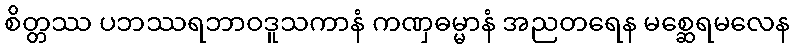
စိတ္တဿ ပဘဿရဘာဝဒူသကာနံ ကဏှဓမ္မာနံ အညတရေန မစ္ဆေရမလေန